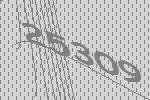
25309